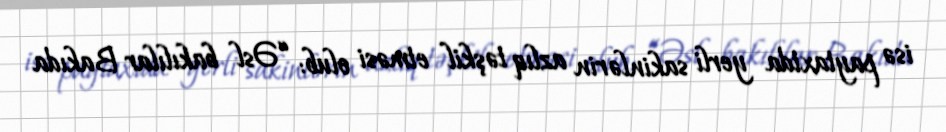
isə paytaxtda yerli sakinlərin azlıq təşkil etməsi olub: “Əsl bakılılar Bakıda